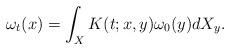
LaTeX: \begin{align*}\omega_t(x)=\int_XK(t;x,y)\omega_0(y)dX_y. \end{align*}